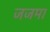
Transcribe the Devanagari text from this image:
जजमा